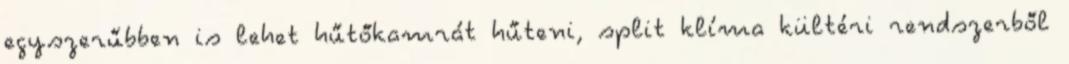
egyszerűbben is lehet hűtőkamrát hűteni, split klíma kültéri rendszerből